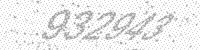
Solution: 932943